Newspaper: The Salt Lake herald. [volume]
Place of publication: Salt Lake City [Utah]
Publisher: [W.C. Dunbar & E.L. Sloan]
Date: 1885-05-02 00:00:00
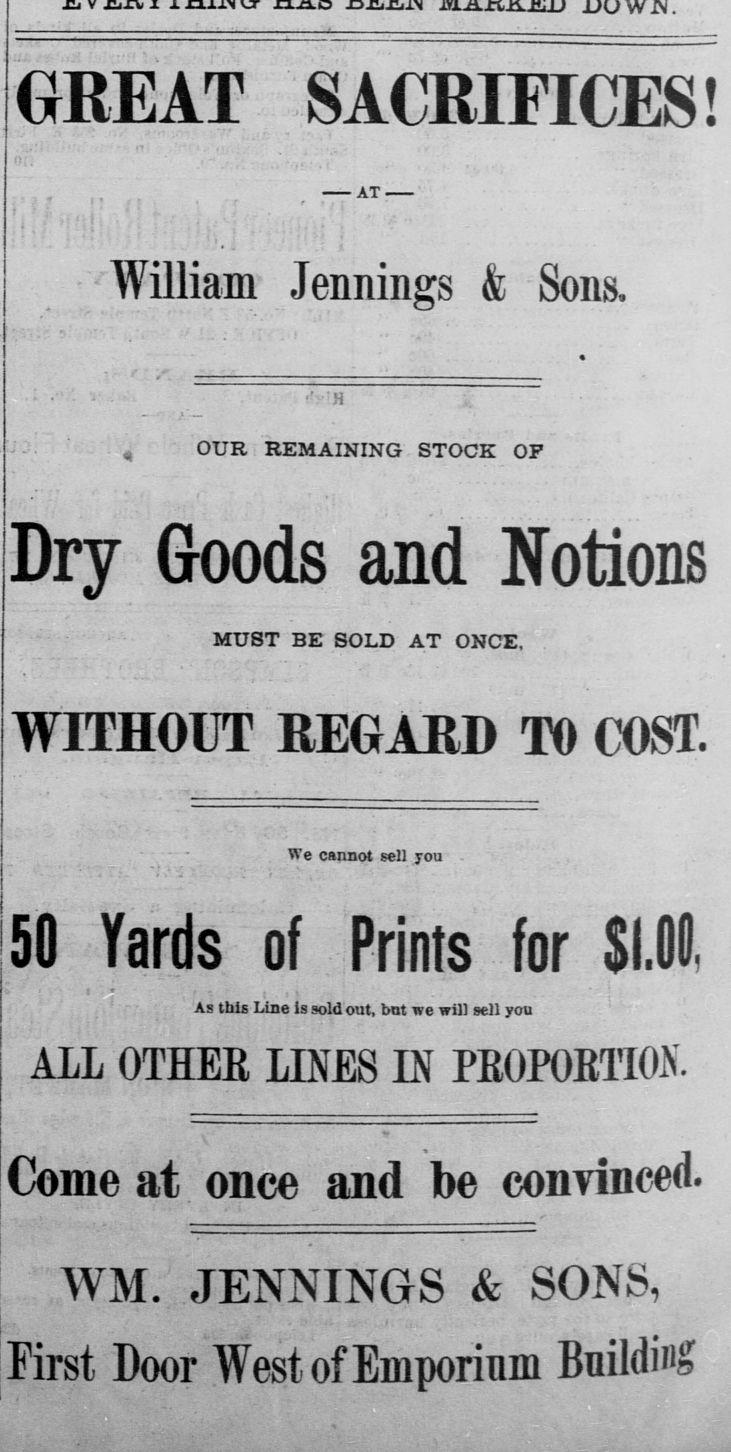
Advertisement text (OCR):
GREAT SACRIFICES AT I i i William Jennings Sons i < r yiH t < f OUR REMAINING STOCK OF Dry Goods and Notions MUST BE SOLD AT ONCE WITHOUT REGARD TO COST > We cannot selljrou V s t J 50 Yards of Prints for U t As this Line is sold out but we will sell you ALL OTHER LINES IN PROPORTION Conic at once and be convinced WM JENNINGS SONS First Door West Emporium Building
Label: text-only